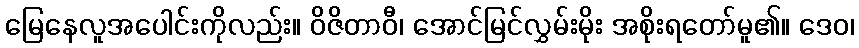
မြေနေလူအပေါင်းကိုလည်း။ ဝိဇိတာဝီ၊ အောင်မြင်လွှမ်းမိုး အစိုးရတော်မူ၏။ ဒေဝ၊